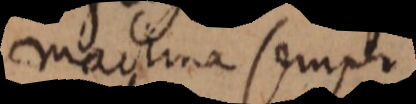
machina semper